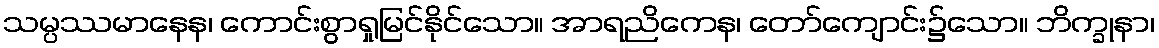
သမ္ပဿမာနေန၊ ကောင်းစွာရှုမြင်နိုင်သော။ အာရညိကေန၊ တော်ကျောင်း၌သော။ ဘိက္ခုနာ၊